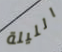
الليلة